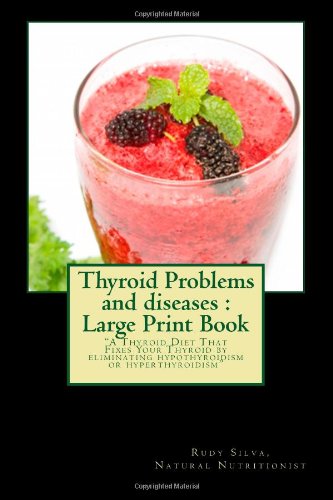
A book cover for Thyroid Problems and diseases : Large Print Book: A Thyroid Diet That Fixes Your Thyroid by eliminating hypothyroidism or hyperthyroidism; Rudy Silva Silva; Health, Fitness & Dieting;